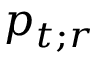
p _ { t ; r }